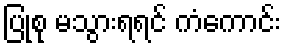
ပြုစု မသွားရရင် ကံကောင်း